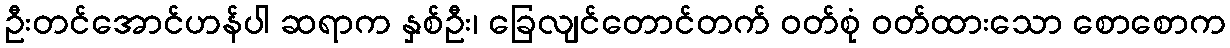
ဦးတင်အောင်ဟန်ပါ ဆရာက နှစ်ဦး၊ ခြေလျင်တောင်တက် ဝတ်စုံ ဝတ်ထားသော စောစောက